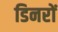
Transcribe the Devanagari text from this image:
डिनरों